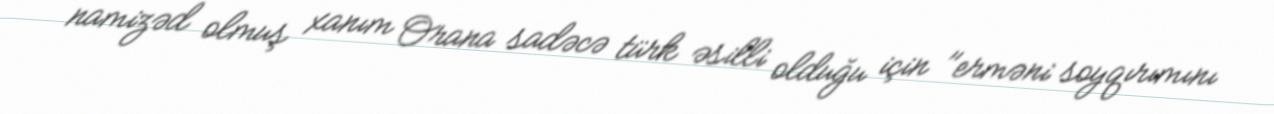
namizəd olmuş xanım Orana sadəcə türk əsilli olduğu için "erməni soyqırımını